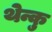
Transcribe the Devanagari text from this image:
थेन्कु